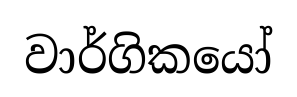
වාර්ගිකයෝ